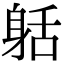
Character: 𨈸